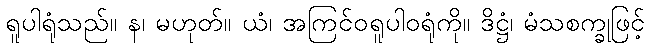
ရူပါရုံသည်။ န၊ မဟုတ်။ ယံ၊ အကြင်ဝရူပါဝရုံကို။ ဒိဋ္ဌံ၊ မံသစက္ခုဖြင့်